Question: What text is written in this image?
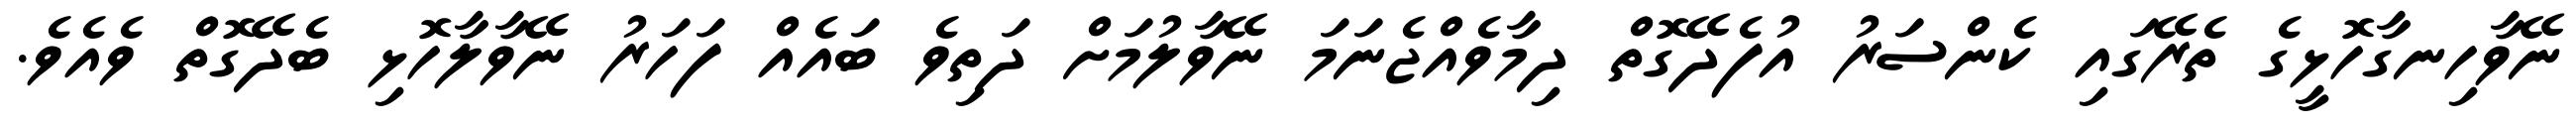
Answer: ނޭވާހިނގާހޮޅީގެ ތެރޭގައި ކެންސަރު އުފެދޭގޮތް ދިމާވެއްޖެނަމަ ނޭވާލުމަށް ދަތިވެ ބައެއް ފަހަރު ނޭވާލާހޮޅި ބެދޭގޮތް ވެއެވެ.